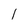
Character: l